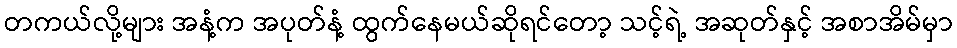
တကယ်လို့များ အနံ့က အပုတ်နံ့ ထွက်နေမယ်ဆိုရင်တော့ သင့်ရဲ့ အဆုတ်နှင့် အစာအိမ်မှာ